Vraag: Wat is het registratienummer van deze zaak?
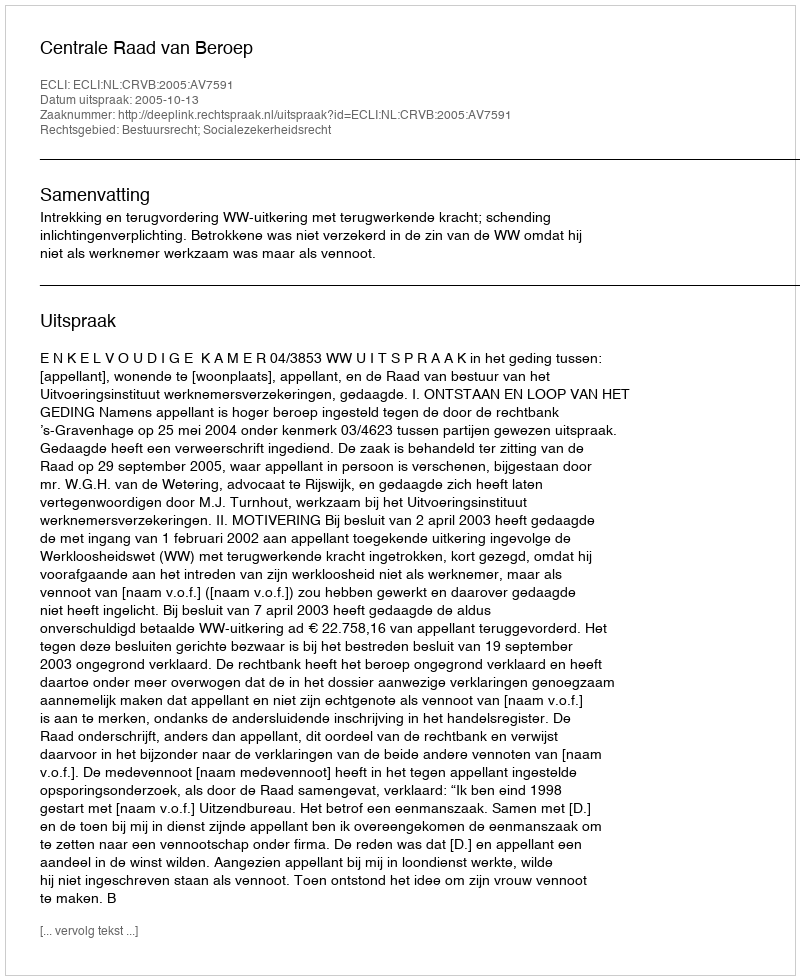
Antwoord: http://deeplink.rechtspraak.nl/uitspraak?id=ECLI:NL:CRVB:2005:AV7591